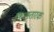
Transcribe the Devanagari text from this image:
किलतारक